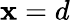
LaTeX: \mathbf{x}=d